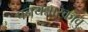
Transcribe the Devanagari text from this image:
पनयन्नारकावु